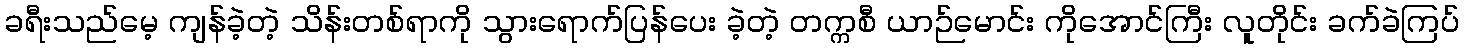
ခရီးသည်မေ့ ကျန်ခဲ့တဲ့ သိန်းတစ်ရာကို သွားရောက်ပြန်ပေး ခဲ့တဲ့ တက္ကစီ ယာဉ်မောင်း ကိုအောင်ကြီး လူတိုင်း ခက်ခဲကြပ်